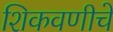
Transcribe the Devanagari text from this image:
शिकवणीचे